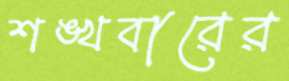
শঙ্খবারের